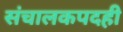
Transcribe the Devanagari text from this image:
संचालकपदही